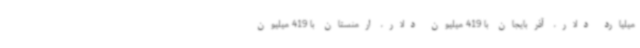
میلیارد دلار، آذربایجان با 419 میلیون دلار، ارمنستان با 419 میلیون